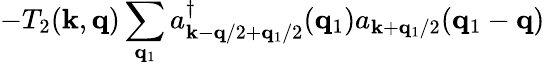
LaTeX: -T_{2}({\mathbf{k}},{\mathbf{q}})\sum_{{\mathbf{q}}_{1}}a_{{\mathbf{k}}-{\mathbf{q}}/2+{\mathbf{q}}_{1}/2}^{\dagger}({\mathbf{q}}_{1})a_{{\mathbf{k}}+{\mathbf{q}}_{1}/2}({\mathbf{q}}_{1}-{\mathbf{q}})